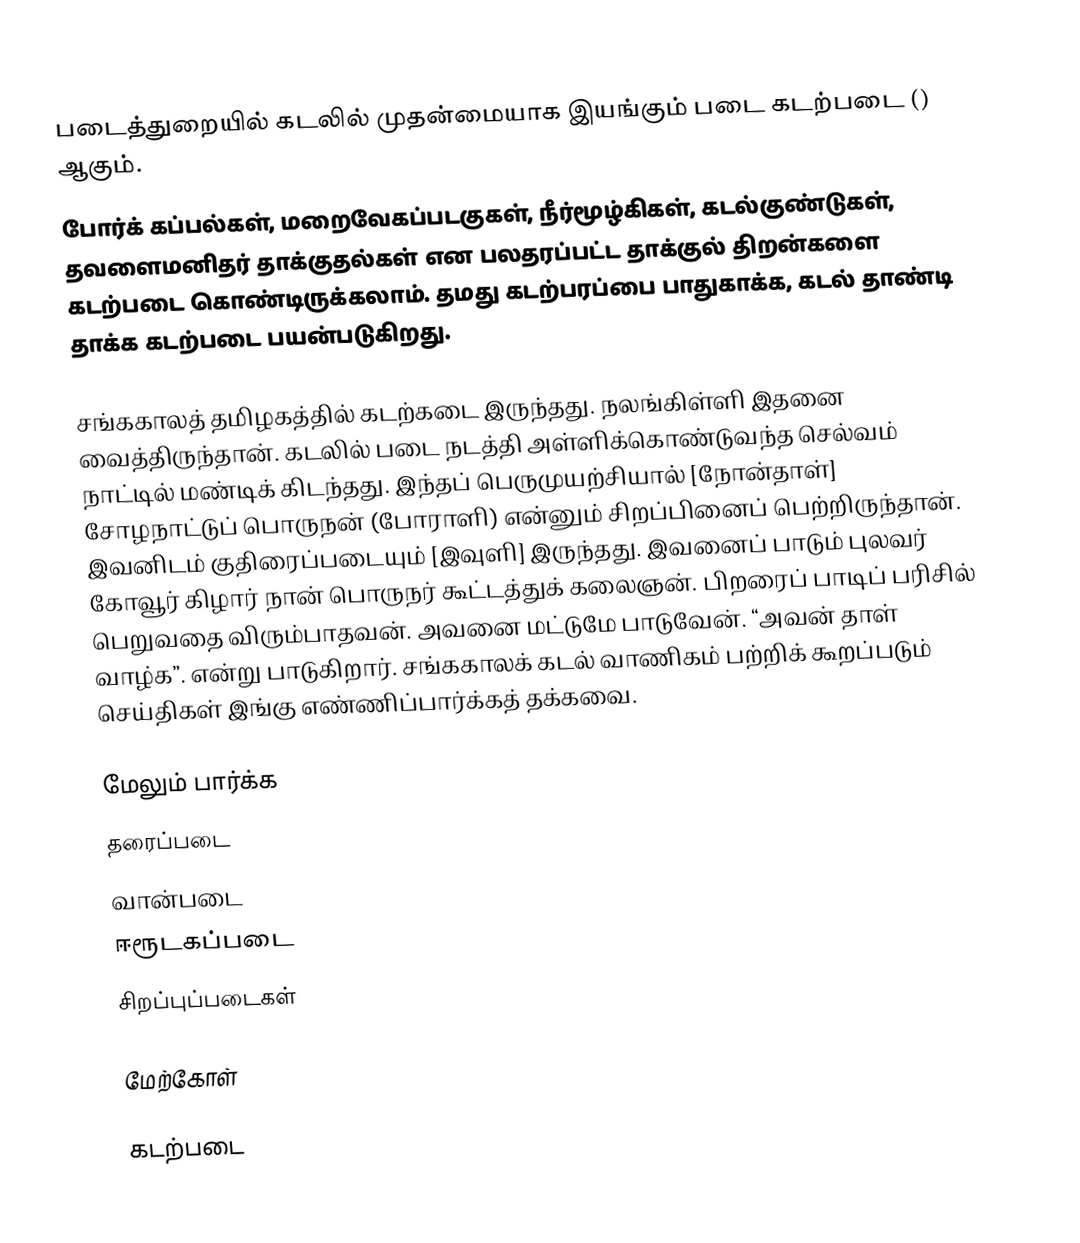
படைத்துறையில் கடலில் முதன்மையாக இயங்கும் படை கடற்படை  ()  ஆகும்.
போர்க் கப்பல்கள், மறைவேகப்படகுகள், நீர்மூழ்கிகள், கடல்குண்டுகள், தவளைமனிதர் தாக்குதல்கள் என பலதரப்பட்ட தாக்குல் திறன்களை கடற்படை கொண்டிருக்கலாம். தமது கடற்பரப்பை பாதுகாக்க, கடல் தாண்டி தாக்க கடற்படை பயன்படுகிறது.

 சங்ககாலத் தமிழகத்தில் கடற்கடை இருந்தது. நலங்கிள்ளி இதனை வைத்திருந்தான். கடலில் படை நடத்தி அள்ளிக்கொண்டுவந்த செல்வம் நாட்டில் மண்டிக் கிடந்தது. இந்தப் பெருமுயற்சியால் [நோன்தாள்] சோழநாட்டுப் பொருநன் (போராளி) என்னும் சிறப்பினைப் பெற்றிருந்தான். இவனிடம் குதிரைப்படையும் [இவுளி] இருந்தது. இவனைப் பாடும் புலவர் கோவூர் கிழார் நான் பொருநர் கூட்டத்துக் கலைஞன். பிறரைப் பாடிப் பரிசில் பெறுவதை விரும்பாதவன். அவனை மட்டுமே பாடுவேன். “அவன் தாள் வாழ்க”. என்று பாடுகிறார்.  சங்ககாலக் கடல் வாணிகம் பற்றிக் கூறப்படும் செய்திகள் இங்கு எண்ணிப்பார்க்கத் தக்கவை.

மேலும் பார்க்க
 தரைப்படை
 வான்படை
 ஈரூடகப்படை
 சிறப்புப்படைகள்

மேற்கோள்

கடற்படை